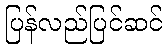
ပြန်လည်ပြင်ဆင်